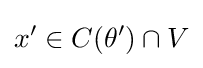
x'\in C(\theta ')\cap V